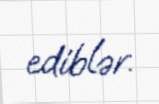
ediblər.